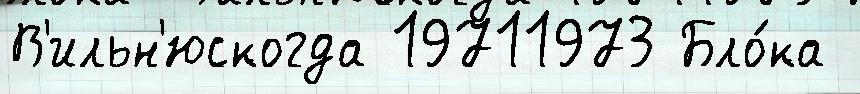
В'ильн'юскогда 19711973 Бло́ка